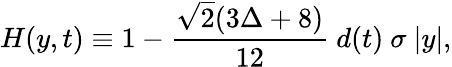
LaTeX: H(y,t)\equiv 1-\frac{\sqrt{2}(3\Delta+8)}{12}\ d(t)\ \sigma\ |y|,